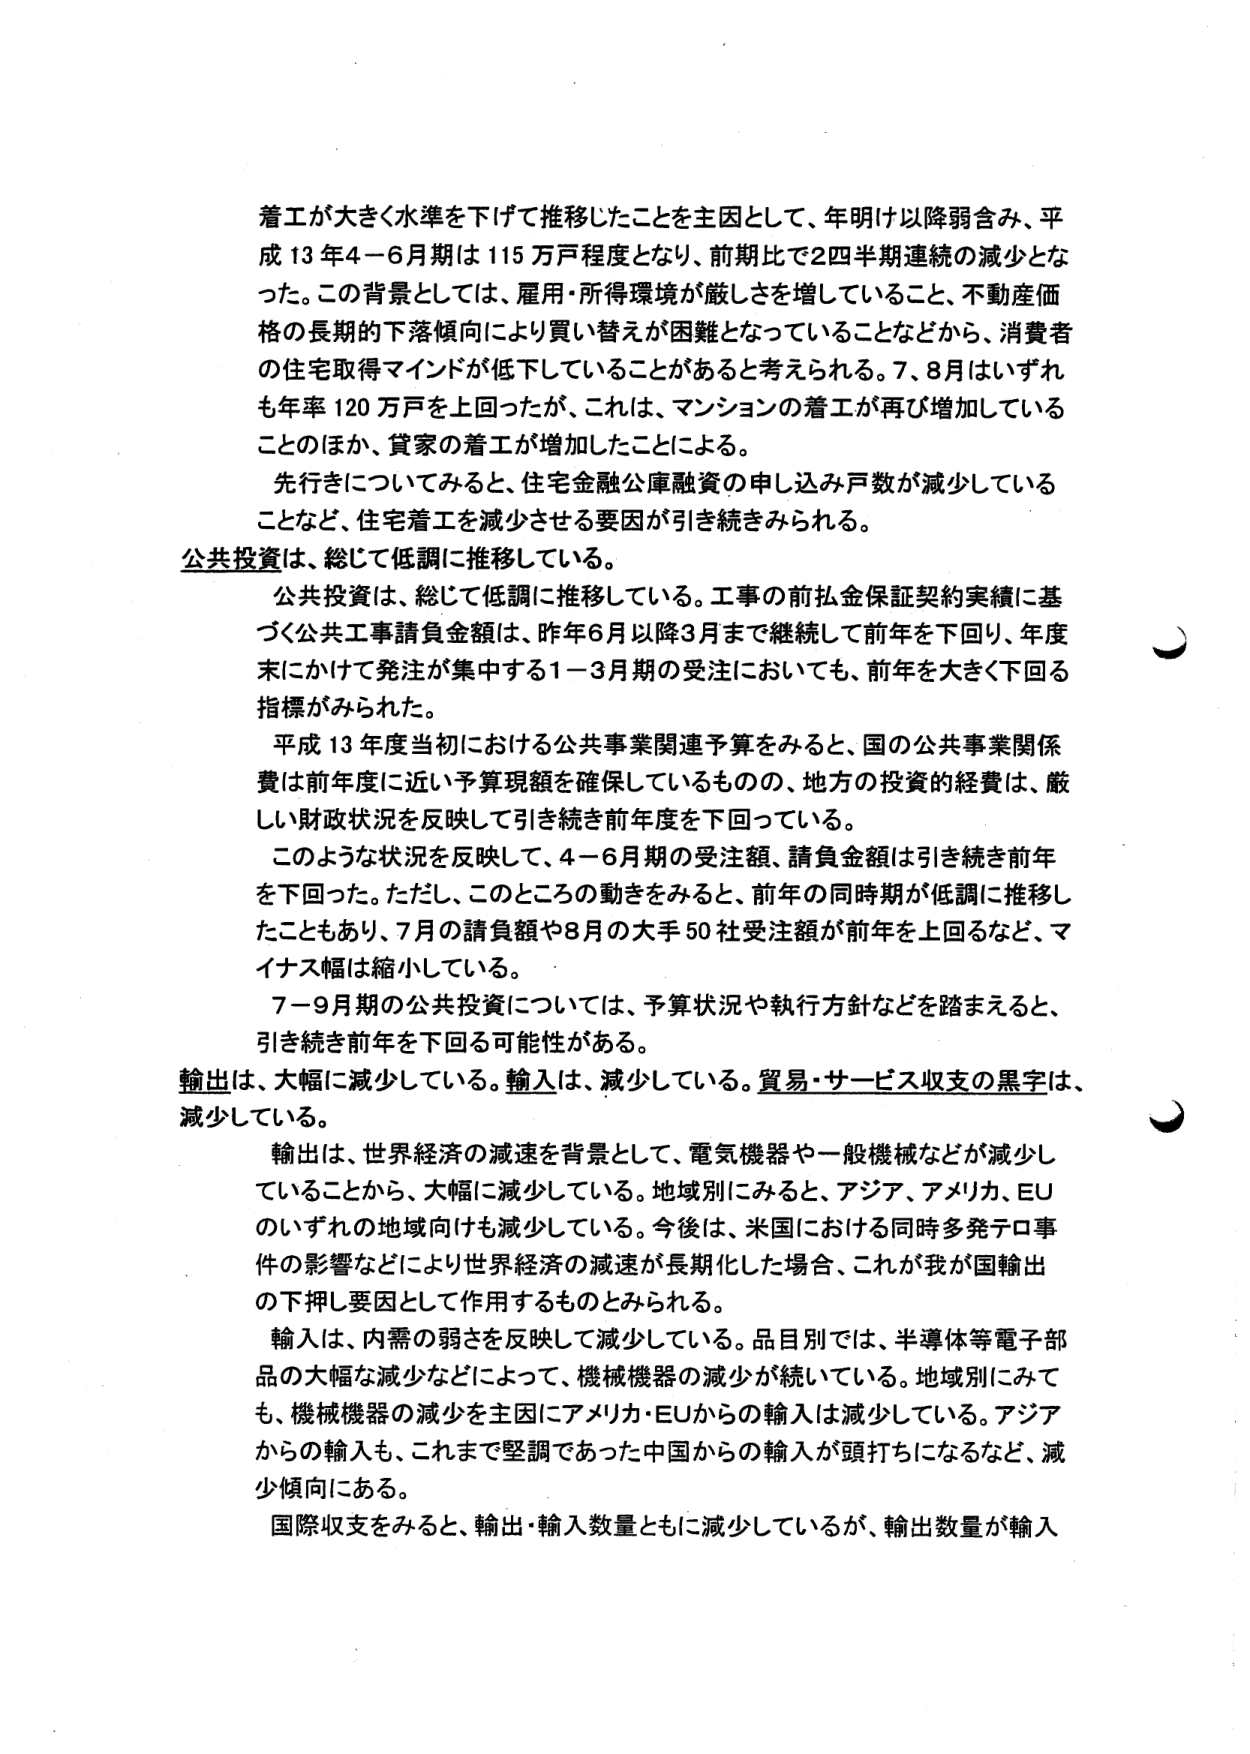
着工が大きく水準を下げて推移したことを主因として、年明け以降弱含み、平成13年4－6月期は115万戸程度となり、前期比で2四半期連続の減少となった。この背景としては、雇用・所得環境が厳しさを増していること、不動産価格の長期的下落傾向により買い替えが困難となっていることなどから、消費者の住宅取得マインドが低下していることがあると考えられる。7、8月はいずれも年率120万戸を上回ったが、これは、マンションの着工が再び増加していることのほか、貸家の着工が増加したことによる。

先行きについてみると、住宅金融公庫融資の申し込み戸数が減少していることなど、住宅着工を減少させる要因が引き続きみられる。

公共投資は、総じて低調に推移している。

公共投資は、総じて低調に推移している。工事の前払金保証契約実績に基づく公共工事請負金額は、昨年6月以降3月まで継続して前年を下回り、年度末にかけて発注が集中する1－3月期の受注においても、前年を大きく下回る指標がみられた。

平成13年度当初における公共事業関連予算をみると、国の公共事業関係費は前年度に近い予算現額を確保しているものの、地方の投資的経費は、厳しい財政状況を反映して引き続き前年度を下回っている。

このような状況を反映して、4－6月期の受注額、請負金額は引き続き前年を下回った。ただし、このところの動きをみると、前年の同時期が低調に推移したこともあり、7月の請負額や8月の大手50社受注額が前年を上回るなど、マイナス幅は縮小している。

7－9月期の公共投資については、予算状況や執行方針などを踏まえると、引き続き前年を下回る可能性がある。

輸出は、大幅に減少している。輸入は、減少している。貿易・サービス収支の黒字は、減少している。

輸出は、世界経済の減速を背景として、電気機器や一般機械などが減少していることから、大幅に減少している。地域別にみると、アジア、アメリカ、EUのいずれの地域向けも減少している。今後は、米国における同時多発テロ事件の影響などにより世界経済の減速が長期化した場合、これが我が国輸出の下押し要因として作用するものとみられる。

輸入は、内需の弱さを反映して減少している。品目別では、半導体等電子部品の大幅な減少などによって、機械機器の減少が続いている。地域別にみても、機械機器の減少を主因にアメリカ・EUからの輸入は減少している。アジアからの輸入も、これまで堅調であった中国からの輸入が頭打ちになるなど、減少傾向にある。

国際収支をみると、輸出・輸入数量ともに減少しているが、輸出数量が輸入